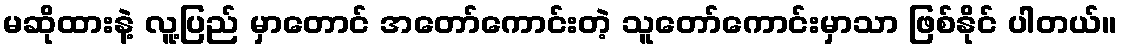
မဆိုထားနဲ့ လူ့ပြည် မှာတောင် အတော်ကောင်းတဲ့ သူတော်ကောင်းမှာသာ ဖြစ်နိုင် ပါတယ်။